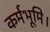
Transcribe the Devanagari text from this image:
कर्मभूमि।